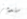
ستدمر